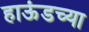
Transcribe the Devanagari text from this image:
हाऊंडच्या